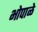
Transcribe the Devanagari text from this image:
भोपाळे